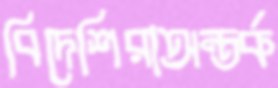
বিদেশিরাঅন্তর্ক